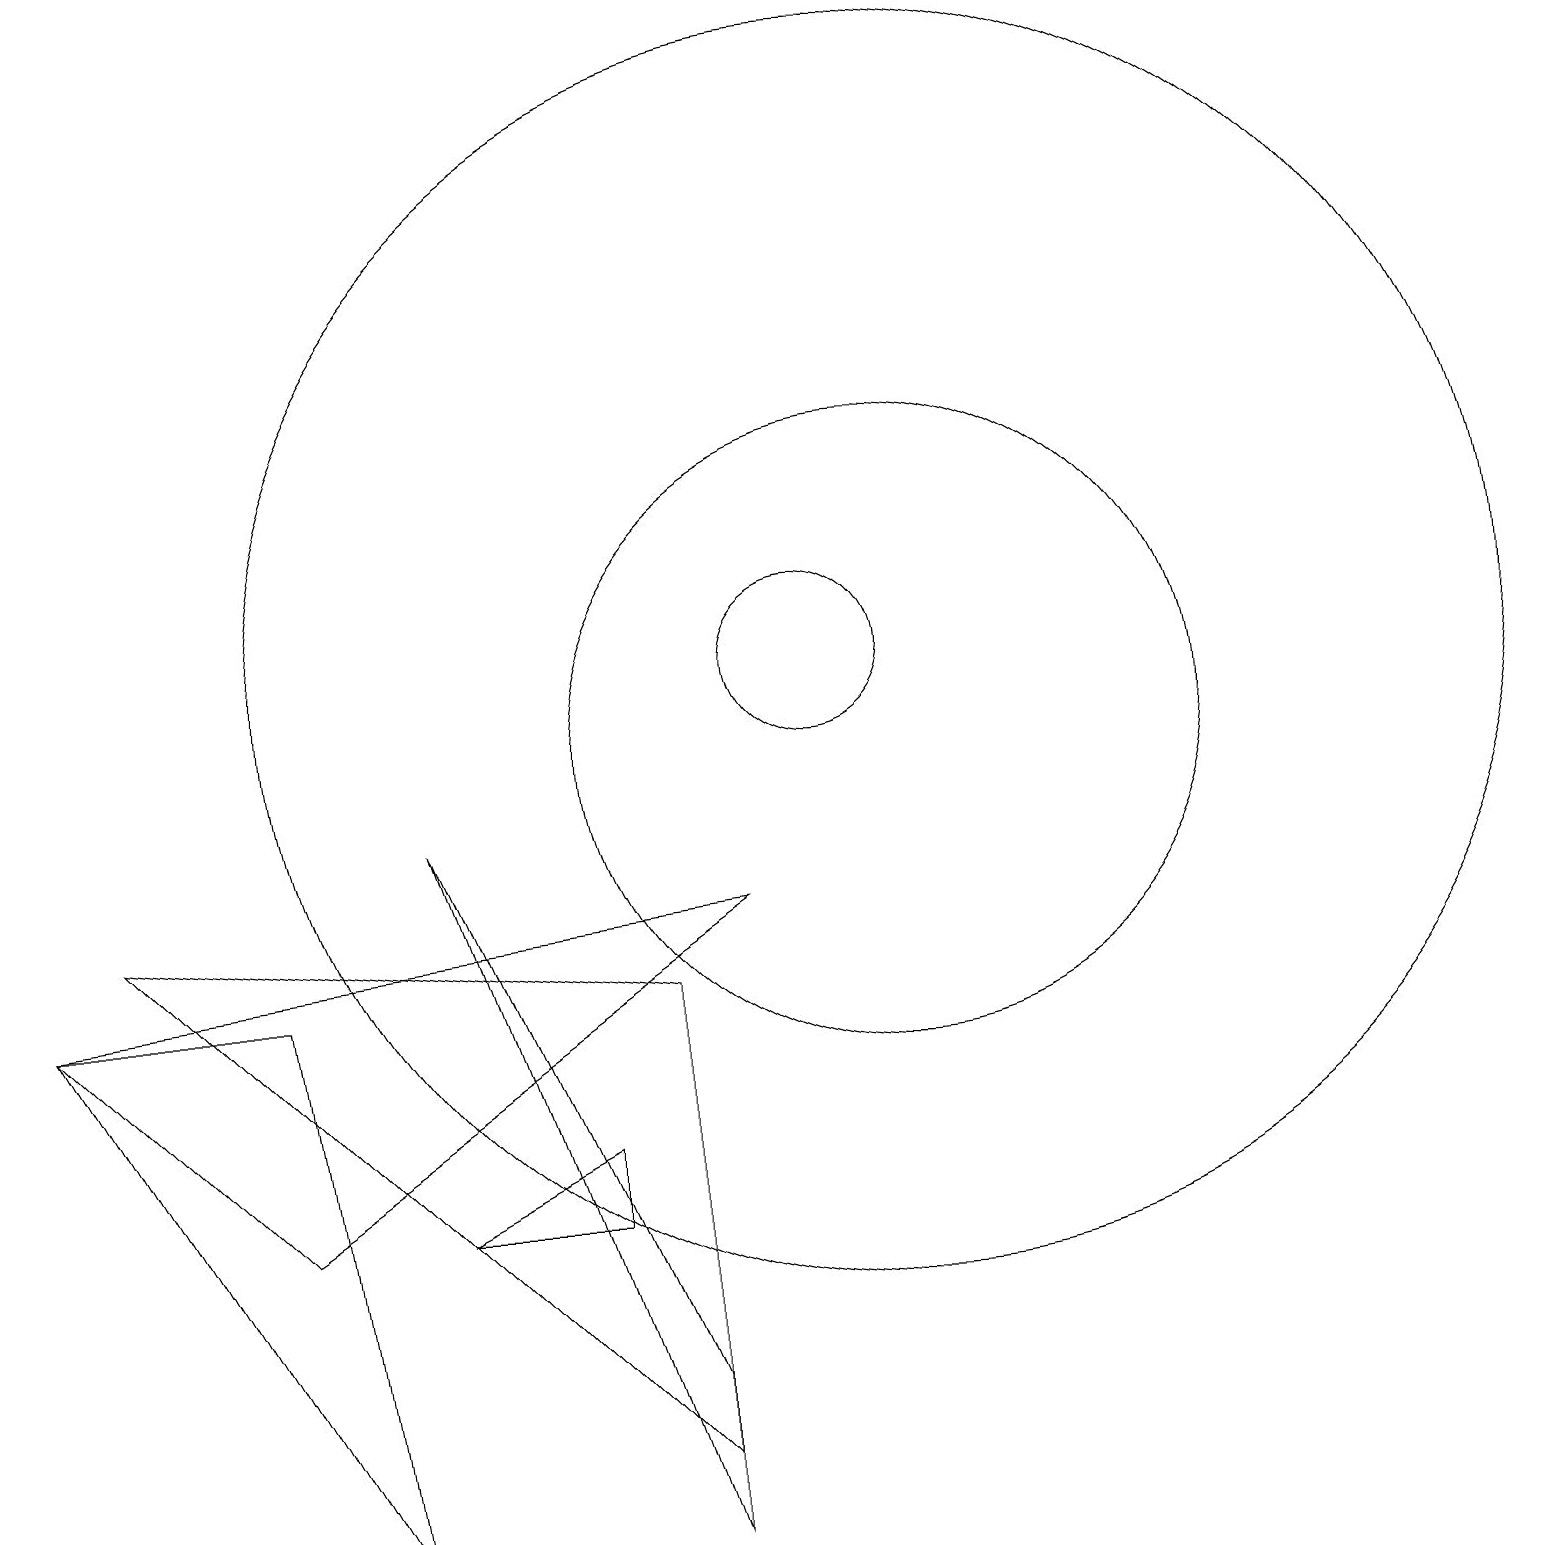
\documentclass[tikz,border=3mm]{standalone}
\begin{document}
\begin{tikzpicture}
\draw (0,7) -- (3,4) -- (9,8) -- cycle;
\draw (11,10) circle (4);
\draw (8,1) -- (1,8) -- (8,7) -- cycle;
\draw (11,11) circle (8);
\draw (3,7) -- (4,0) -- (0,7) -- cycle;
\draw (10,11) circle (1);
\draw (7,4) -- (7,5) -- (5,4) -- cycle;
\draw (8,2) -- (5,9) -- (8,0) -- cycle;
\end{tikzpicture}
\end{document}